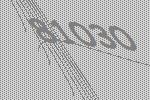
81030